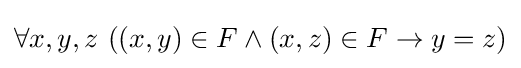
\forall x,y,z\,\left(\left(x,y\right)\in F\wedge \left(x,z\right)\in F\to y=z\right)